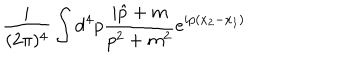
\frac { i } { ( 2 \pi ) ^ { 4 } } \int { \mathrm d } ^ { 4 } p \frac { i \hat { p } + m } { p ^ { 2 } + m ^ { 2 } } e ^ { i p ( x _ { 2 } - x _ { 1 } ) }